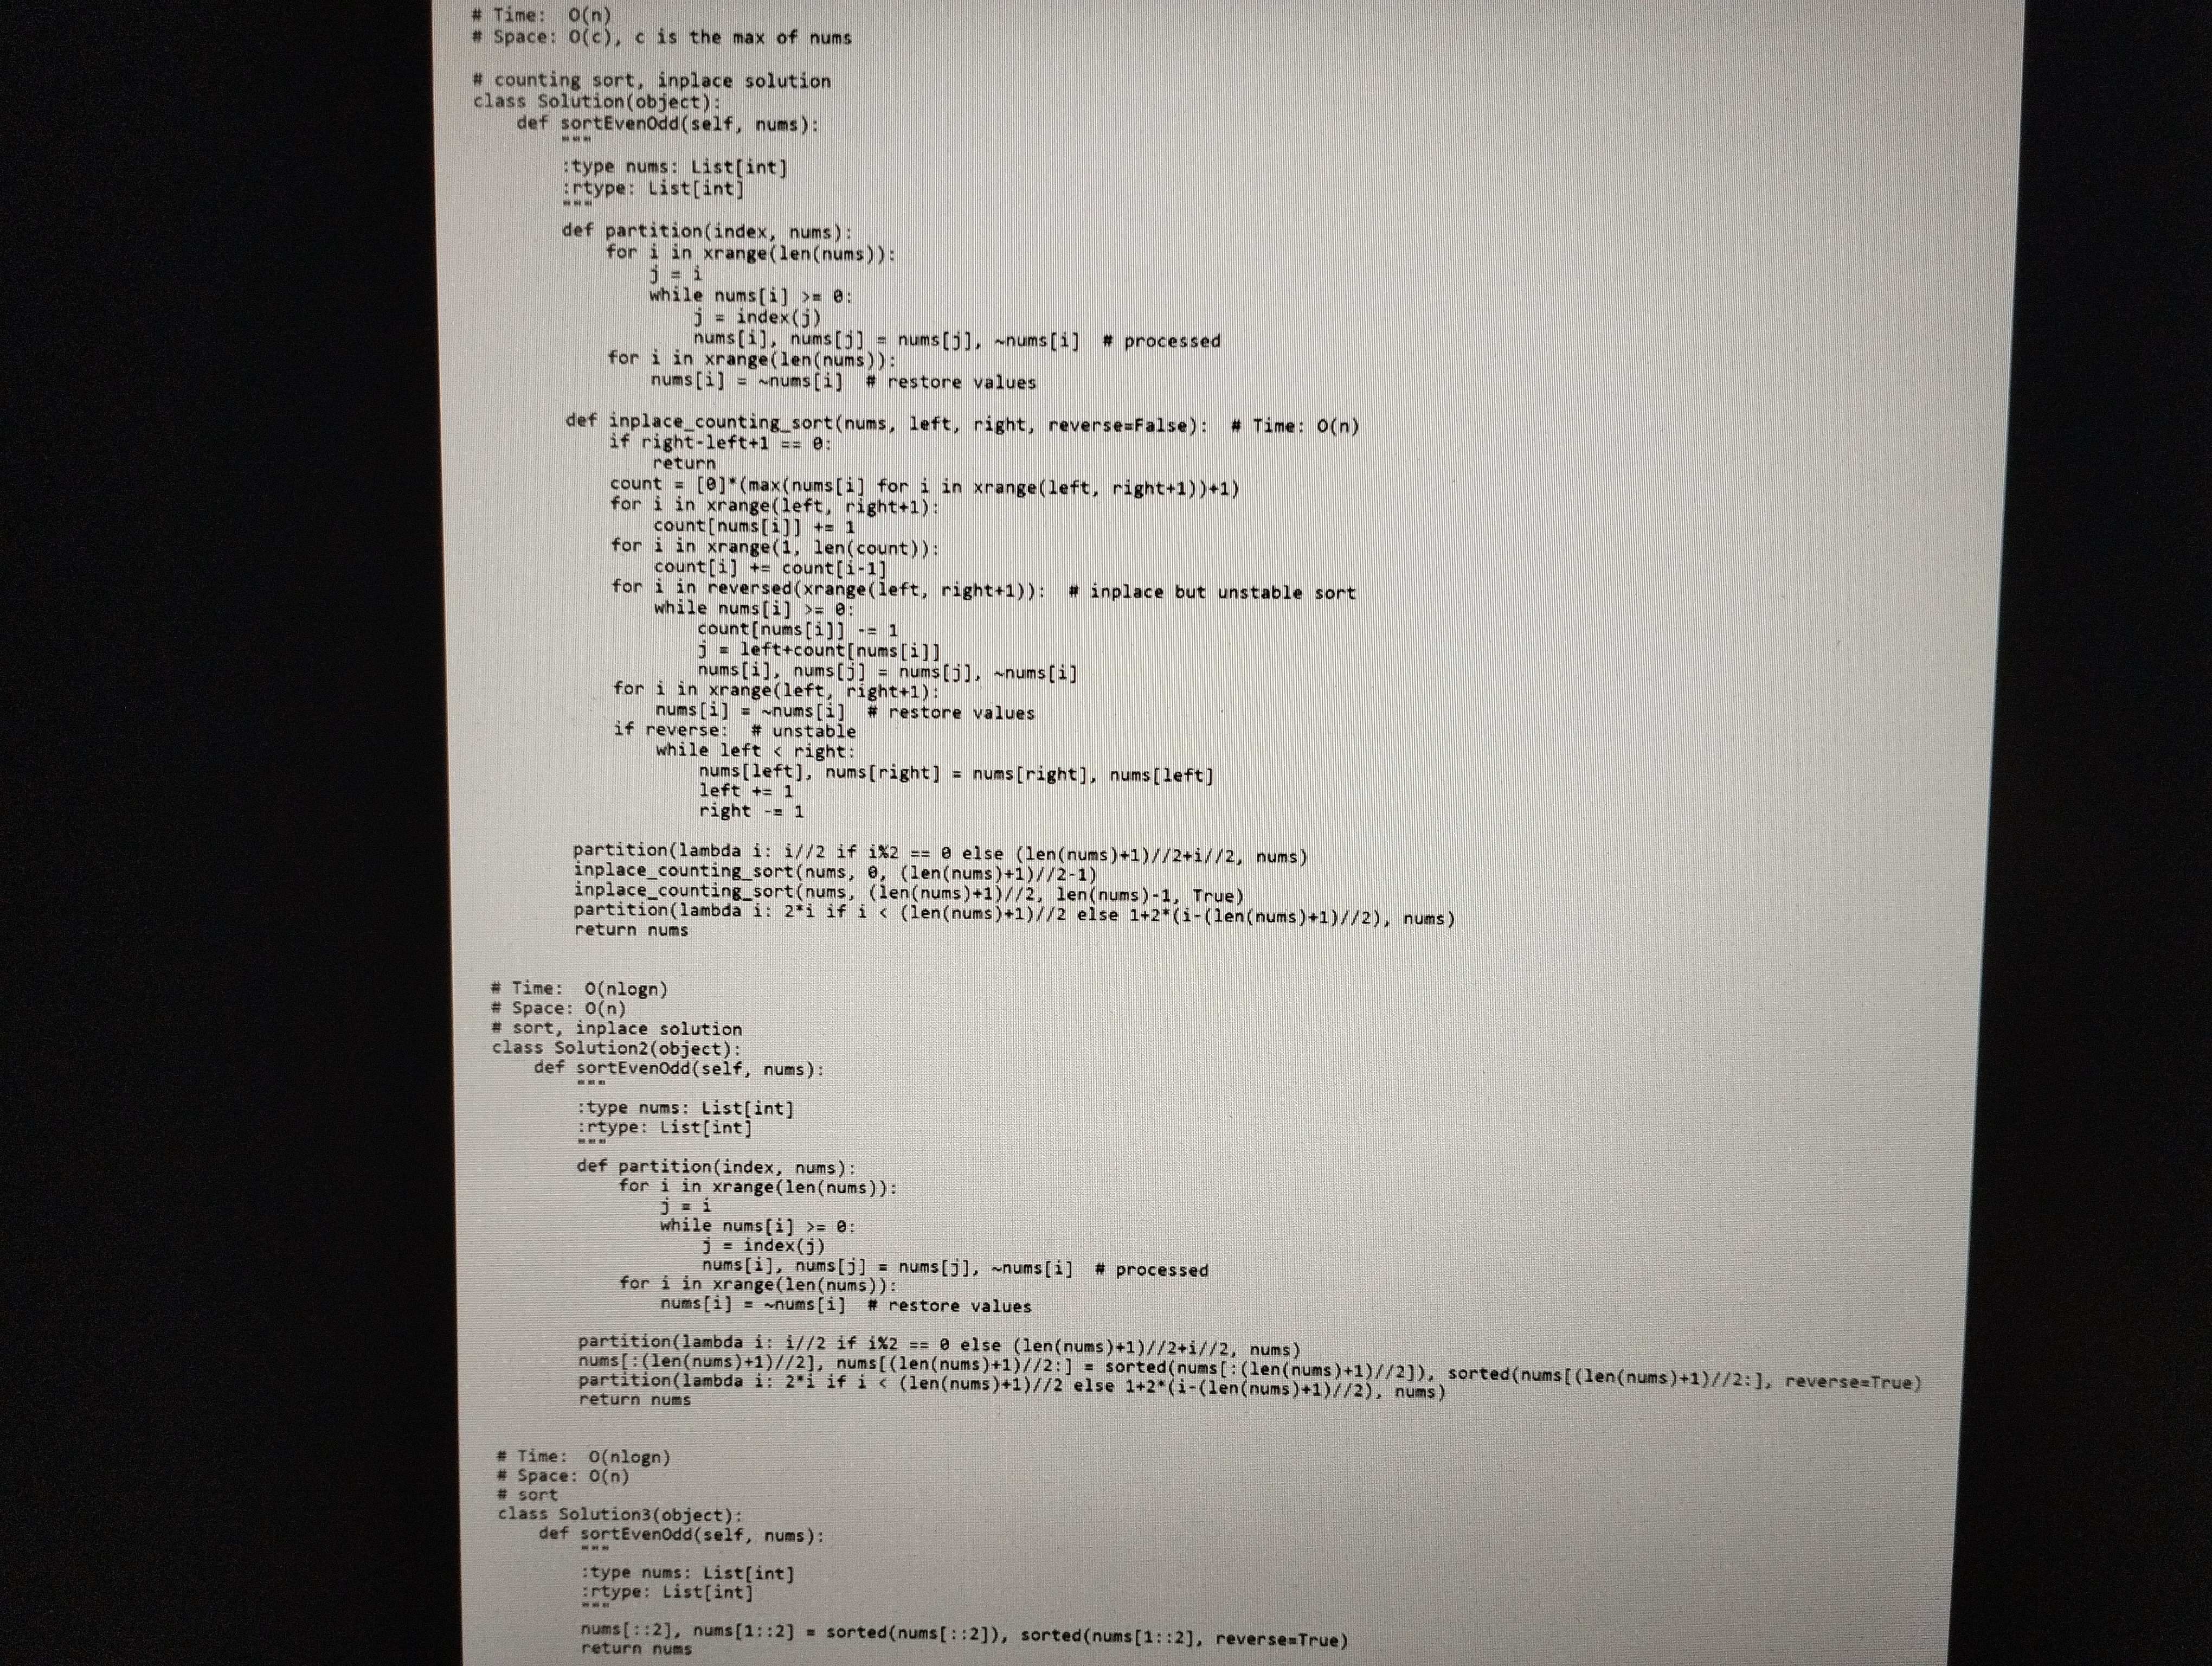
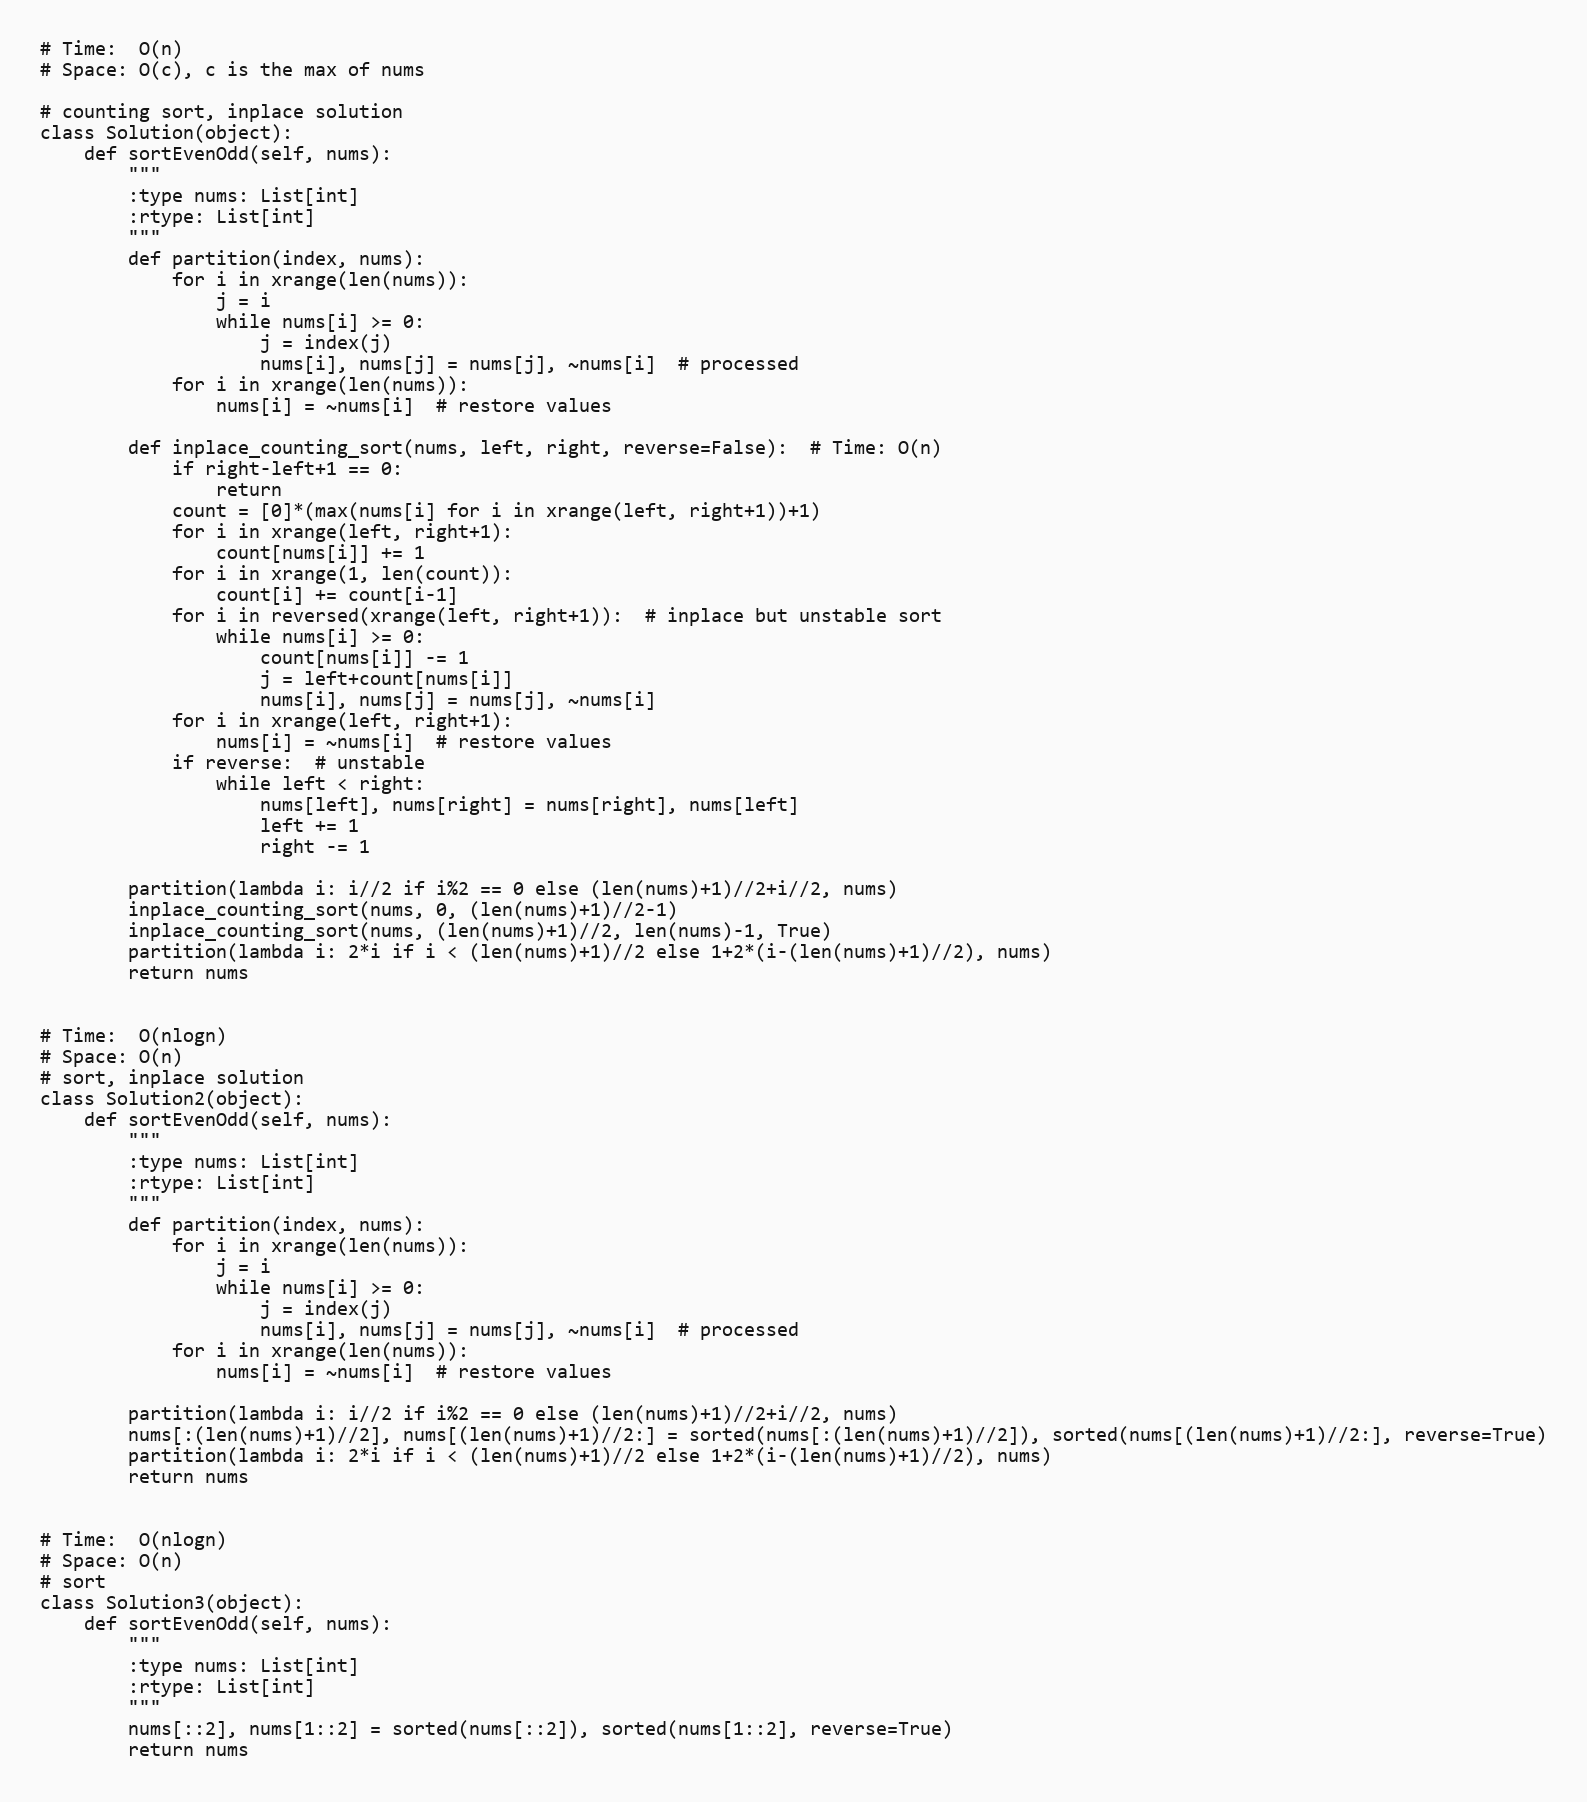
# Time:  O(n)
# Space: O(c), c is the max of nums

# counting sort, inplace solution
class Solution(object):
    def sortEvenOdd(self, nums):
        """
        :type nums: List[int]
        :rtype: List[int]
        """
        def partition(index, nums):
            for i in xrange(len(nums)):
                j = i
                while nums[i] >= 0:
                    j = index(j)
                    nums[i], nums[j] = nums[j], ~nums[i]  # processed
            for i in xrange(len(nums)):
                nums[i] = ~nums[i]  # restore values

        def inplace_counting_sort(nums, left, right, reverse=False):  # Time: O(n)
            if right-left+1 == 0:
                return
            count = [0]*(max(nums[i] for i in xrange(left, right+1))+1)
            for i in xrange(left, right+1):
                count[nums[i]] += 1
            for i in xrange(1, len(count)):
                count[i] += count[i-1]
            for i in reversed(xrange(left, right+1)):  # inplace but unstable sort
                while nums[i] >= 0:
                    count[nums[i]] -= 1
                    j = left+count[nums[i]]
                    nums[i], nums[j] = nums[j], ~nums[i]
            for i in xrange(left, right+1):
                nums[i] = ~nums[i]  # restore values
            if reverse:  # unstable
                while left < right:
                    nums[left], nums[right] = nums[right], nums[left]
                    left += 1
                    right -= 1

        partition(lambda i: i//2 if i%2 == 0 else (len(nums)+1)//2+i//2, nums)
        inplace_counting_sort(nums, 0, (len(nums)+1)//2-1)
        inplace_counting_sort(nums, (len(nums)+1)//2, len(nums)-1, True)
        partition(lambda i: 2*i if i < (len(nums)+1)//2 else 1+2*(i-(len(nums)+1)//2), nums)
        return nums

# Time:  O(nlogn)
# Space: O(n)
# sort, inplace solution
class Solution2(object):
    def sortEvenOdd(self, nums):
        """
        :type nums: List[int]
        :rtype: List[int]
        """
        def partition(index, nums):
            for i in xrange(len(nums)):
                j = i
                while nums[i] >= 0:
                    j = index(j)
                    nums[i], nums[j] = nums[j], ~nums[i]  # processed
            for i in xrange(len(nums)):
                nums[i] = ~nums[i]  # restore values

        partition(lambda i: i//2 if i%2 == 0 else (len(nums)+1)//2+i//2, nums)
        nums[:(len(nums)+1)//2], nums[(len(nums)+1)//2:] = sorted(nums[:(len(nums)+1)//2]), sorted(nums[(len(nums)+1)//2:], reverse=True)
        partition(lambda i: 2*i if i < (len(nums)+1)//2 else 1+2*(i-(len(nums)+1)//2), nums)
        return nums

# Time:  O(nlogn)
# Space: O(n)
# sort
class Solution3(object):
    def sortEvenOdd(self, nums):
        """
        :type nums: List[int]
        :rtype: List[int]
        """
        nums[::2], nums[1::2] = sorted(nums[::2]), sorted(nums[1::2], reverse=True)
        return nums